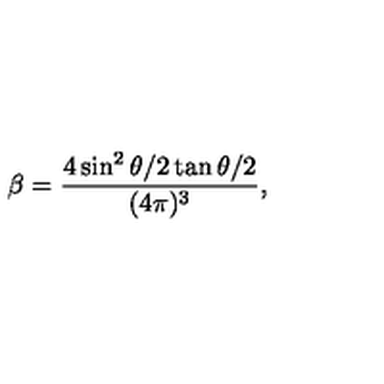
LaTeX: \beta = { \frac { 4 \sin ^ { 2 } \theta / 2 \tan \theta / 2 } { ( 4 \pi ) ^ { 3 } } } ,